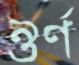
ঔর্ণ